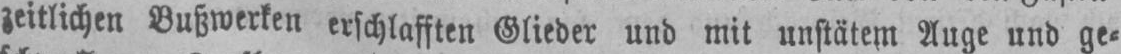
zeitlichen Bußwerken erschlafften Glieder und mit unstätem Auge und ge⸗